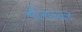
નીરાધાર